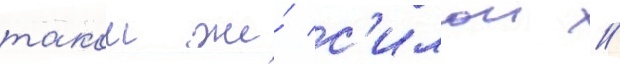
такои же́ с'илои //